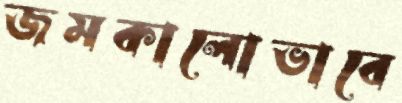
জমকালোভাবে